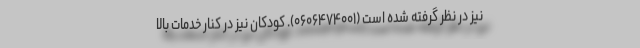
نیز در نظر گرفته شده است (۰۶۰۶۴۷۴۰۰۱). کودکان نیز در کنار خدمات بالا